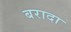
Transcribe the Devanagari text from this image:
बरादा